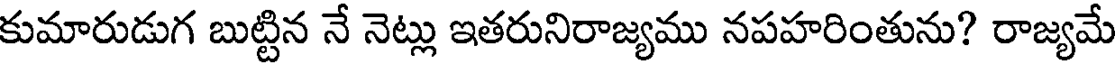
కుమారుడుగ బుట్టిన నే నెట్లు ఇతరునిరాజ్యము నపహరింతును? రాజ్యమే